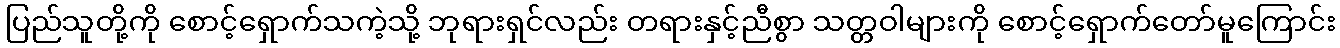
ပြည်သူတို့ကို စောင့်ရှောက်သကဲ့သို့ ဘုရားရှင်လည်း တရားနှင့်ညီစွာ သတ္တဝါများကို စောင့်ရှောက်တော်မူကြောင်း